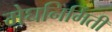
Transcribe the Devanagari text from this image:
मेघनिर्मिती